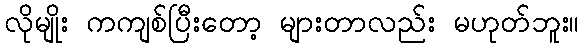
လိုမျိုး ကကျစ်ပြီးတော့ များတာလည်း မဟုတ်ဘူး။